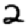
Digit: 2